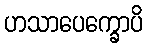
ဟသာပေက္ခောပိ